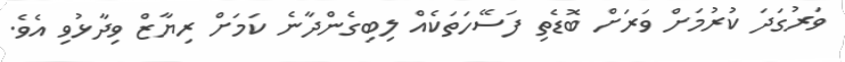
ވަރުގަދަ ކުރުމަށް ވަރަށް ބޮޑެތި ފަސޭހަތަކެއް ލިބިގެންދާނެ ކަމަށް ރިޔާޒް ވިދާޅުވި އެވެ.